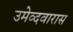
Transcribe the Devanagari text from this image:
उमेव्दवारास